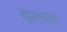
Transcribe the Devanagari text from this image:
यूएलएल